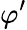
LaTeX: \varphi^{\prime}